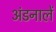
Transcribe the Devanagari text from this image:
अंडनालें